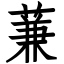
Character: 蒹